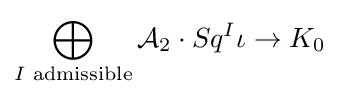
\bigoplus _{I{\text{ admissible}}}{\mathcal {A}}_{2}\cdot Sq^{I}\iota \to K_{0}